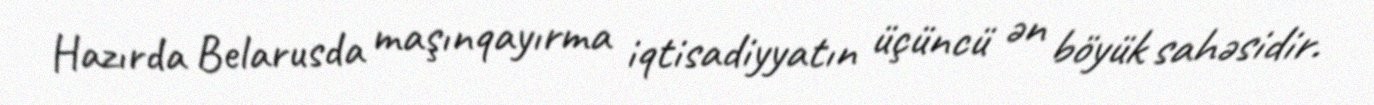
Hazırda Belarusda maşınqayırma iqtisadiyyatın üçüncü ən böyük sahəsidir.